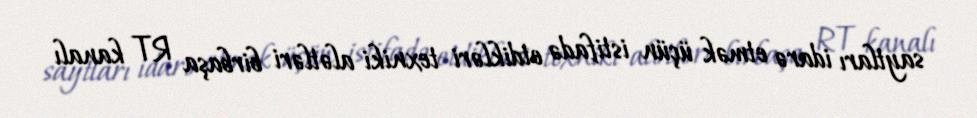
saytları idarə etmək üçün istifadə etdikləri texniki alətləri birbaşa RT kanalı